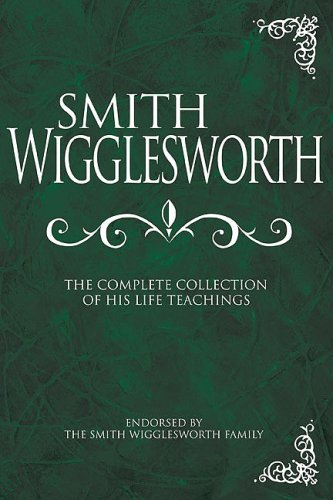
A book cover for Smith Wigglesworth: Complete Collection; Christian Books & Bibles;